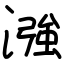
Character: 漒